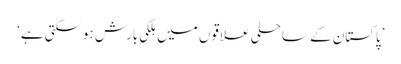
’پاکستان کے ساحلی علاقوں میں ہلکی بارش ہوسکتی ہے‘